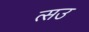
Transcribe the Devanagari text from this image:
त्सउ